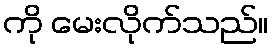
ကို မေးလိုက်သည်။